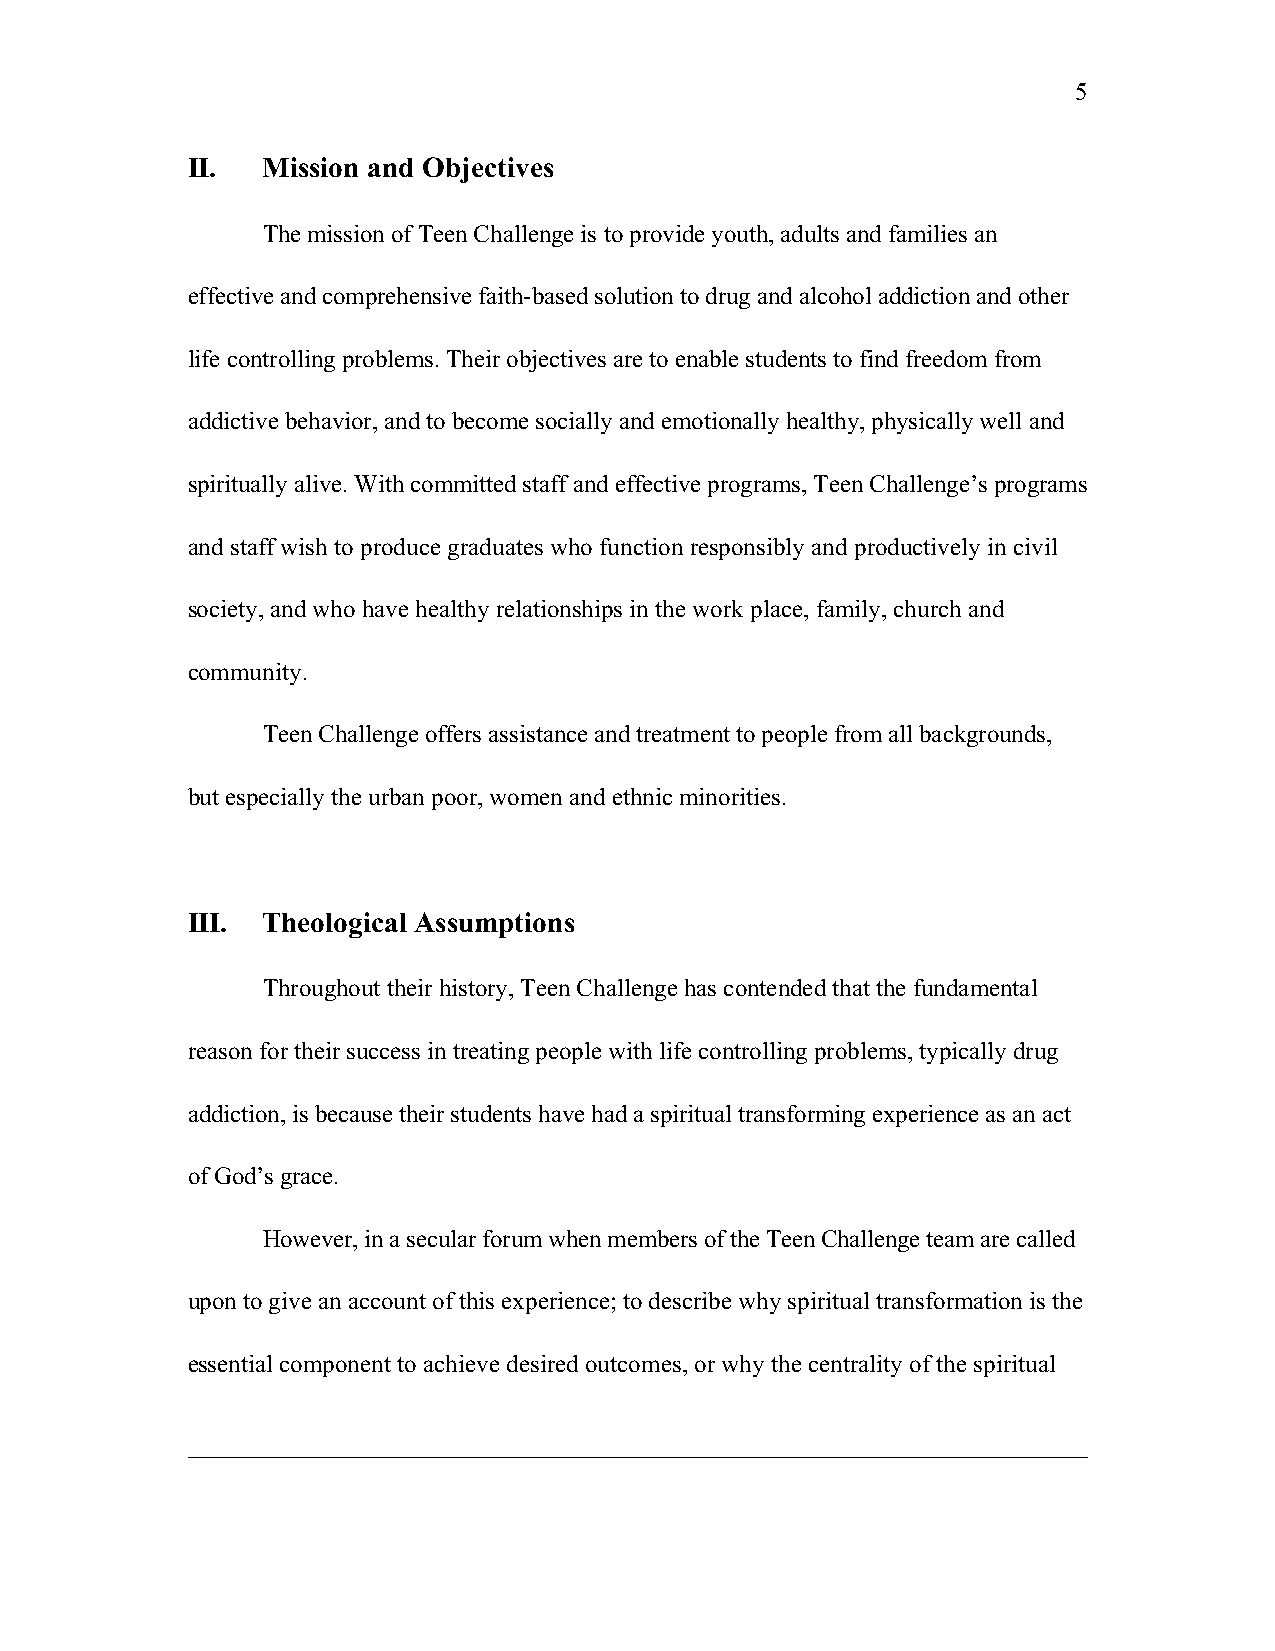
5
 II.  Mission and Objectives
 The mission of Teen Challenge is to provide youth, adults and families an
 effective and comprehensive faith-based solution to drug and alcohol addiction and other
 life controlling problems. Their objectives are to enable students to find freedom from
 addictive behavior, and to become socially and emotionally healthy, physically well and
 spiritually alive. With committed staff and effective programs, Teen Challenge’s programs
 and staff wish to produce graduates who function responsibly and productively in civil
 society, and who have healthy relationships in the work place, family, church and
 community.
 Teen Challenge offers assistance and treatment to people from all backgrounds,
 but especially the urban poor, women and ethnic minorities.
 III. Theological Assumptions
 Throughout their history, Teen Challenge has contended that the fundamental
 reason for their success in treating people with life controlling problems, typically drug
 addiction, is because their students have had a spiritual transforming experience as an act
 of God’s grace.
 However, in a secular forum when members of the Teen Challenge team are called
 upon to give an account of this experience; to describe why spiritual transformation is the
 essential component to achieve desired outcomes, or why the centrality of the spiritual